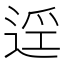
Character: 𲅜